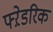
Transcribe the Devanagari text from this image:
फ्ऱेडरिक